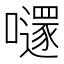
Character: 𡃱